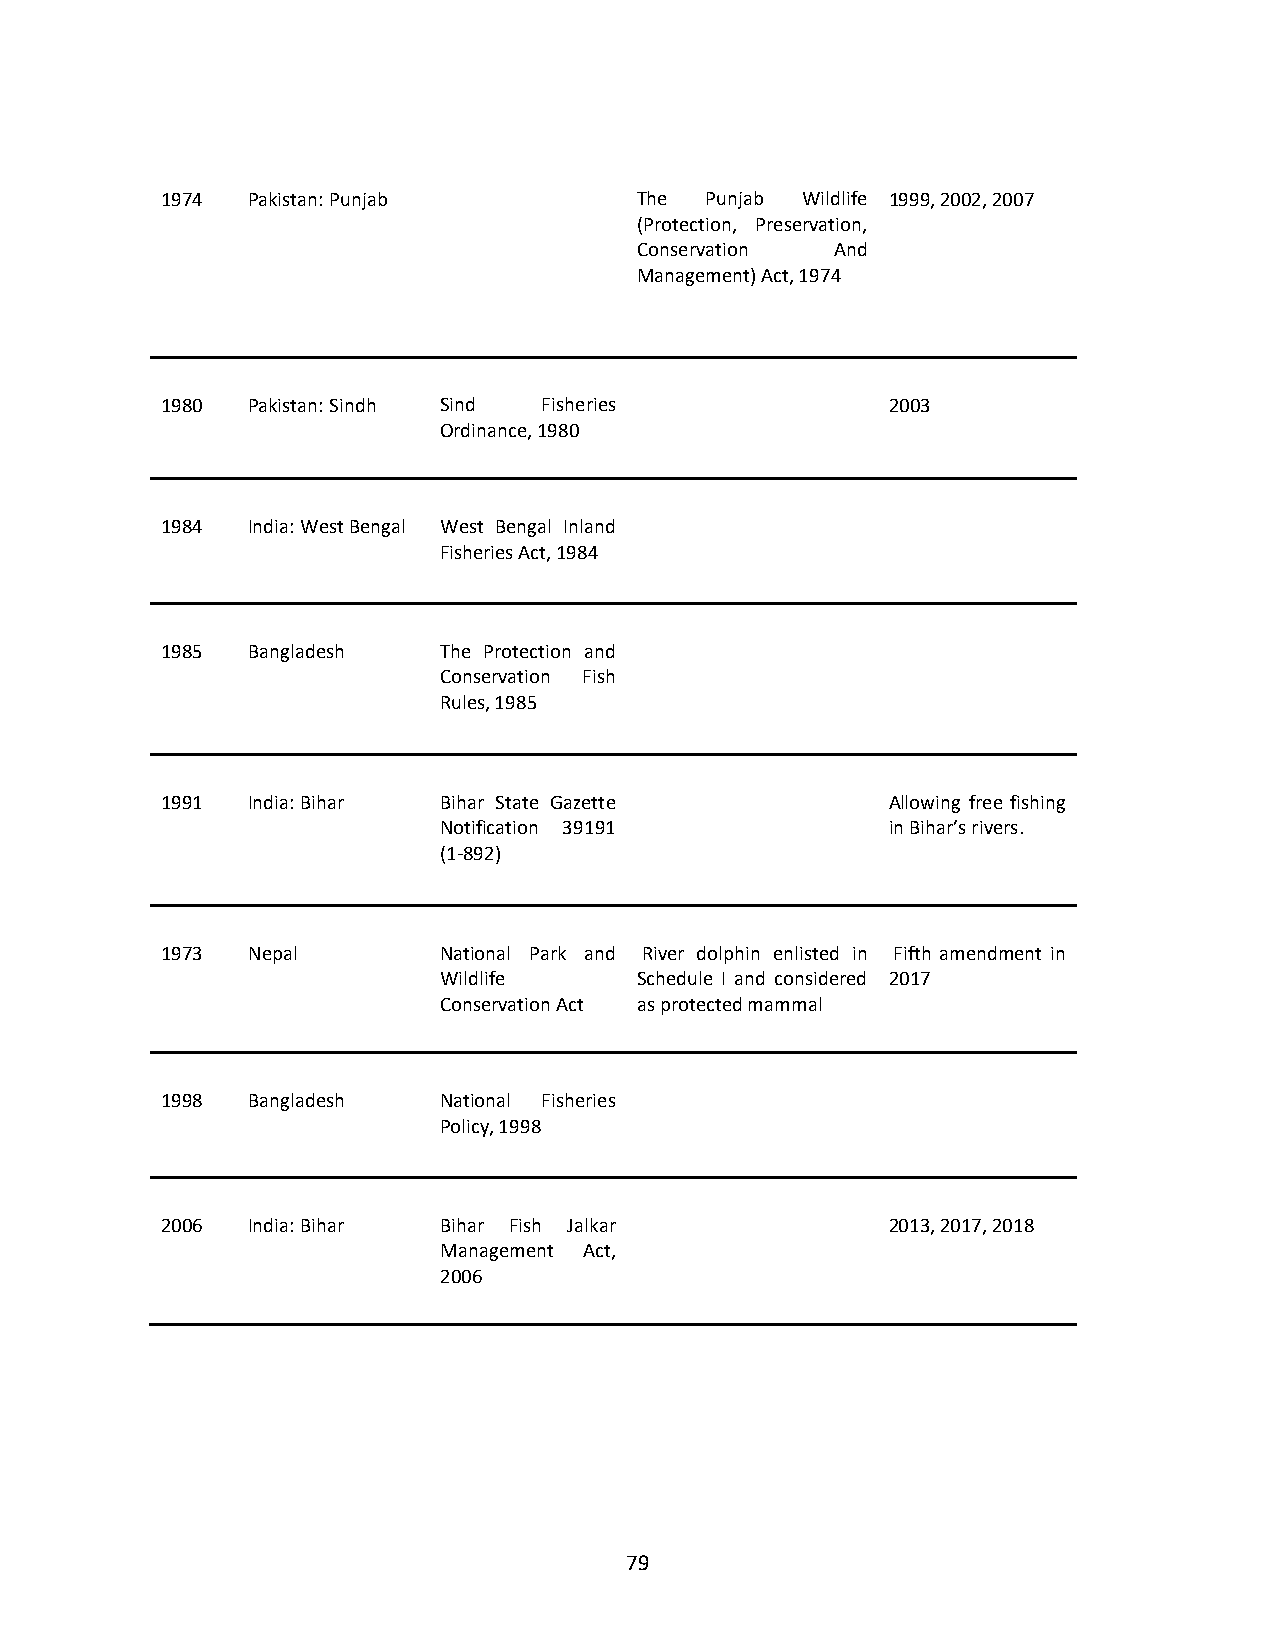
1974 Pakistan: Punjab          The  Punjab Wildlife 1999, 2002, 2007
 (Protection, Preservation,
 Conservation And
 Management) Act, 1974
 1980 Pakistan: Sindh Sind Fisheries             2003
 Ordinance, 1980
 1984 India: West Bengal West Bengal Inland
 Fisheries Act, 1984
 1985 Bangladesh   The Protection and
 Conservation Fish
 Rules, 1985
 1991 India: Bihar Bihar State Gazette           Allowing free fishing
 Notification 39191            in Bihar’s rivers.
 (1-892)
 1973 Nepal        National Park and River dolphin enlisted in Fifth amendment in
 Wildlife     Schedule I and considered 2017
 Conservation Act as protected mammal
 1998 Bangladesh   National Fisheries
 Policy, 1998
 2006 India: Bihar Bihar Fish Jalkar             2013, 2017, 2018
 Management Act,
 2006
 79